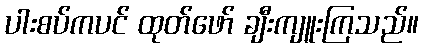
ပါးစပ်ကပင် ထုတ်ဖော် ချီးကျူးကြသည်။